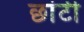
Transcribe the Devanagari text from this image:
छांटी